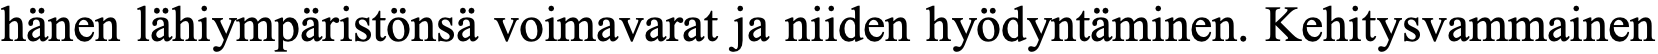
hänen lähiympäristönsä voimavarat ja niiden hyödyntäminen. Kehitysvammainen